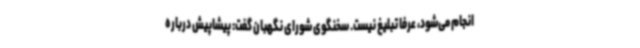
انجام می‌شود، عرفا تبلیغ نیست. سخنگوی شورای نگهبان گفت: پیشاپیش درباره